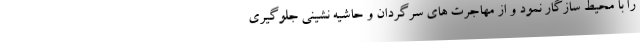
را با محیط سازگار نمود و از مهاجرت های سرگردان و حاشیه نشینی جلوگیری